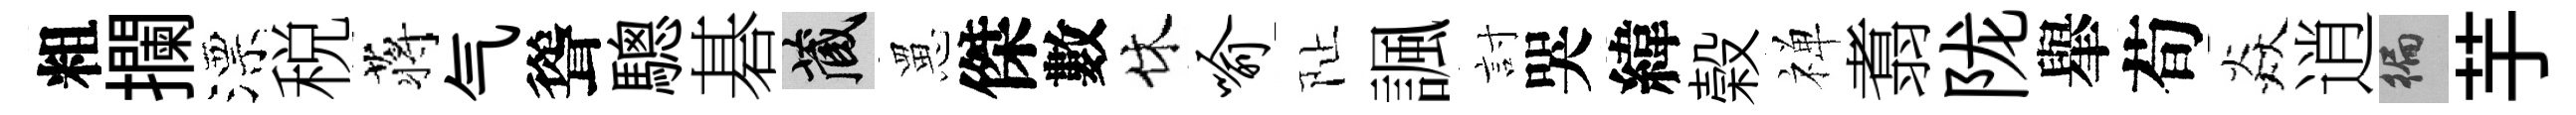
粗攔漂税蒋气聳驄碁藏罳傑數休喻阯諷討哭緯榖禅翥陇𦦙荀焱逍徧芋